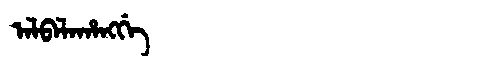
Manchu: ᠠᠯᠪᠠᠯᠠᡥᠠᠩᡤᡝ
Romanization: ALBALAHANGGE